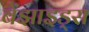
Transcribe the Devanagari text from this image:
बेंझाइड्स